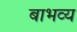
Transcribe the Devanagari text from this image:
बाभव्य